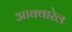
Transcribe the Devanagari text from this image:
आक्वारेल